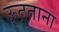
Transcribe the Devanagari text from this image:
ऊठताना